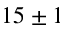
1 5 \pm 1